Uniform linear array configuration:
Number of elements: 12
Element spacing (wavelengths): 0.5
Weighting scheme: uniform
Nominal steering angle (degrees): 0
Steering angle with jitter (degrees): -0.2309
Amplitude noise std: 0.05
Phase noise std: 0.05

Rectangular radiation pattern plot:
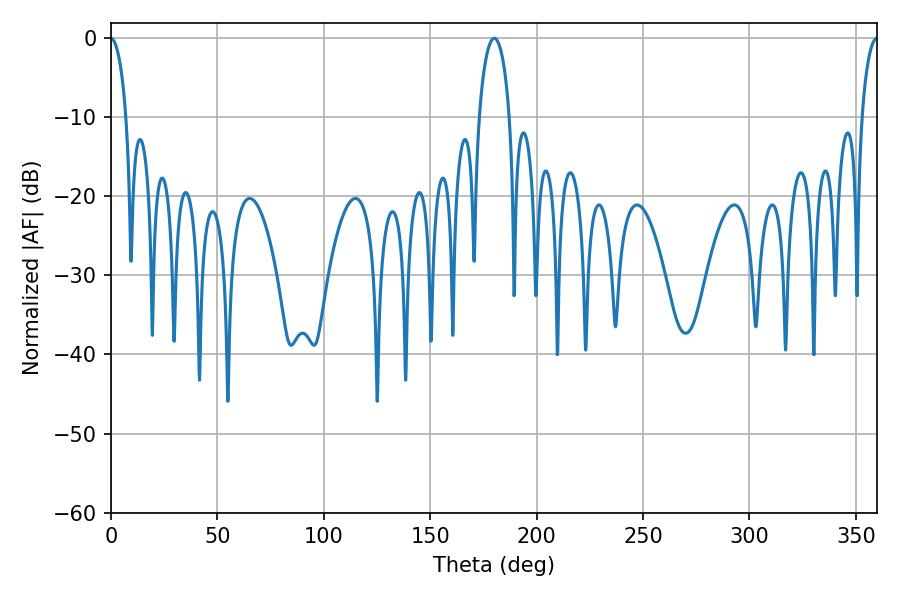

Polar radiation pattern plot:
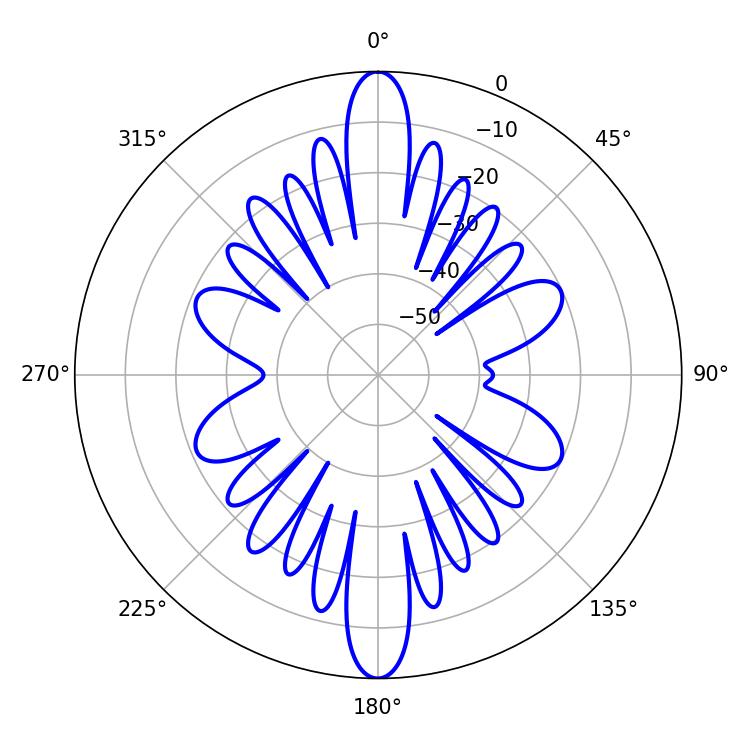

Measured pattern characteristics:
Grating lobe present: FALSE
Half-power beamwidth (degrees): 8.1
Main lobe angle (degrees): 180.18